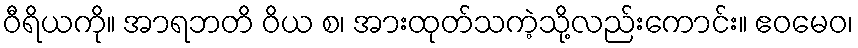
ဝီရိယကို။ အာရဘတိ ဝိယ စ၊ အားထုတ်သကဲ့သို့လည်းကောင်း။ ဧဝမေဝ၊